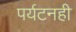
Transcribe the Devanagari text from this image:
पर्यटनही